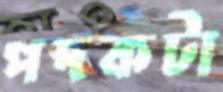
পদকটা